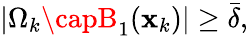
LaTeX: |\Omega_{k}\capB_{1}(\mathbf{x}_{k})|\ge\bar{{\delta}},